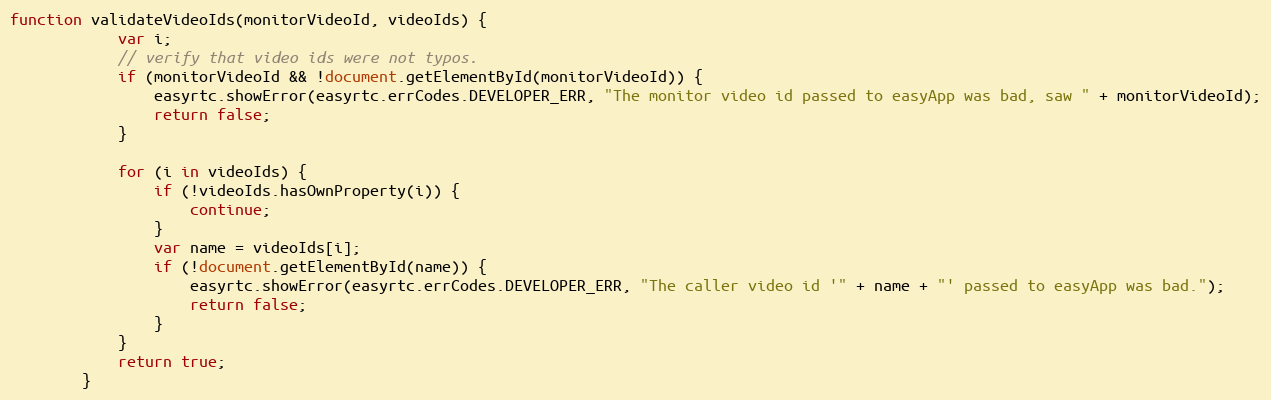
Language: JavaScript
function validateVideoIds(monitorVideoId, videoIds) {
            var i;
            // verify that video ids were not typos.
            if (monitorVideoId && !document.getElementById(monitorVideoId)) {
                easyrtc.showError(easyrtc.errCodes.DEVELOPER_ERR, "The monitor video id passed to easyApp was bad, saw " + monitorVideoId);
                return false;
            }

            for (i in videoIds) {
                if (!videoIds.hasOwnProperty(i)) {
                    continue;
                }
                var name = videoIds[i];
                if (!document.getElementById(name)) {
                    easyrtc.showError(easyrtc.errCodes.DEVELOPER_ERR, "The caller video id '" + name + "' passed to easyApp was bad.");
                    return false;
                }
            }
            return true;
        }